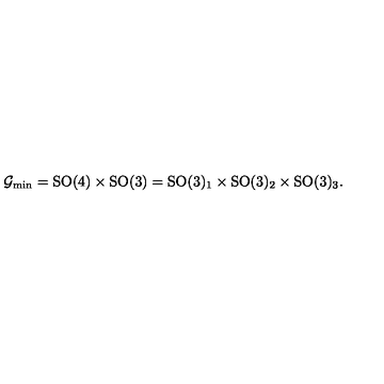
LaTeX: \mathcal { G } _ { \mathrm { m i n } } = \mathrm { S O } ( 4 ) \times \mathrm { S O } ( 3 ) = \mathrm { S O } ( 3 ) _ { 1 } \times \mathrm { S O } ( 3 ) _ { 2 } \times \mathrm { S O } ( 3 ) _ { 3 } .